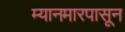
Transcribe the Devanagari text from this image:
म्यानमारपासून